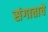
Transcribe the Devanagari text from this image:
संगाताचे